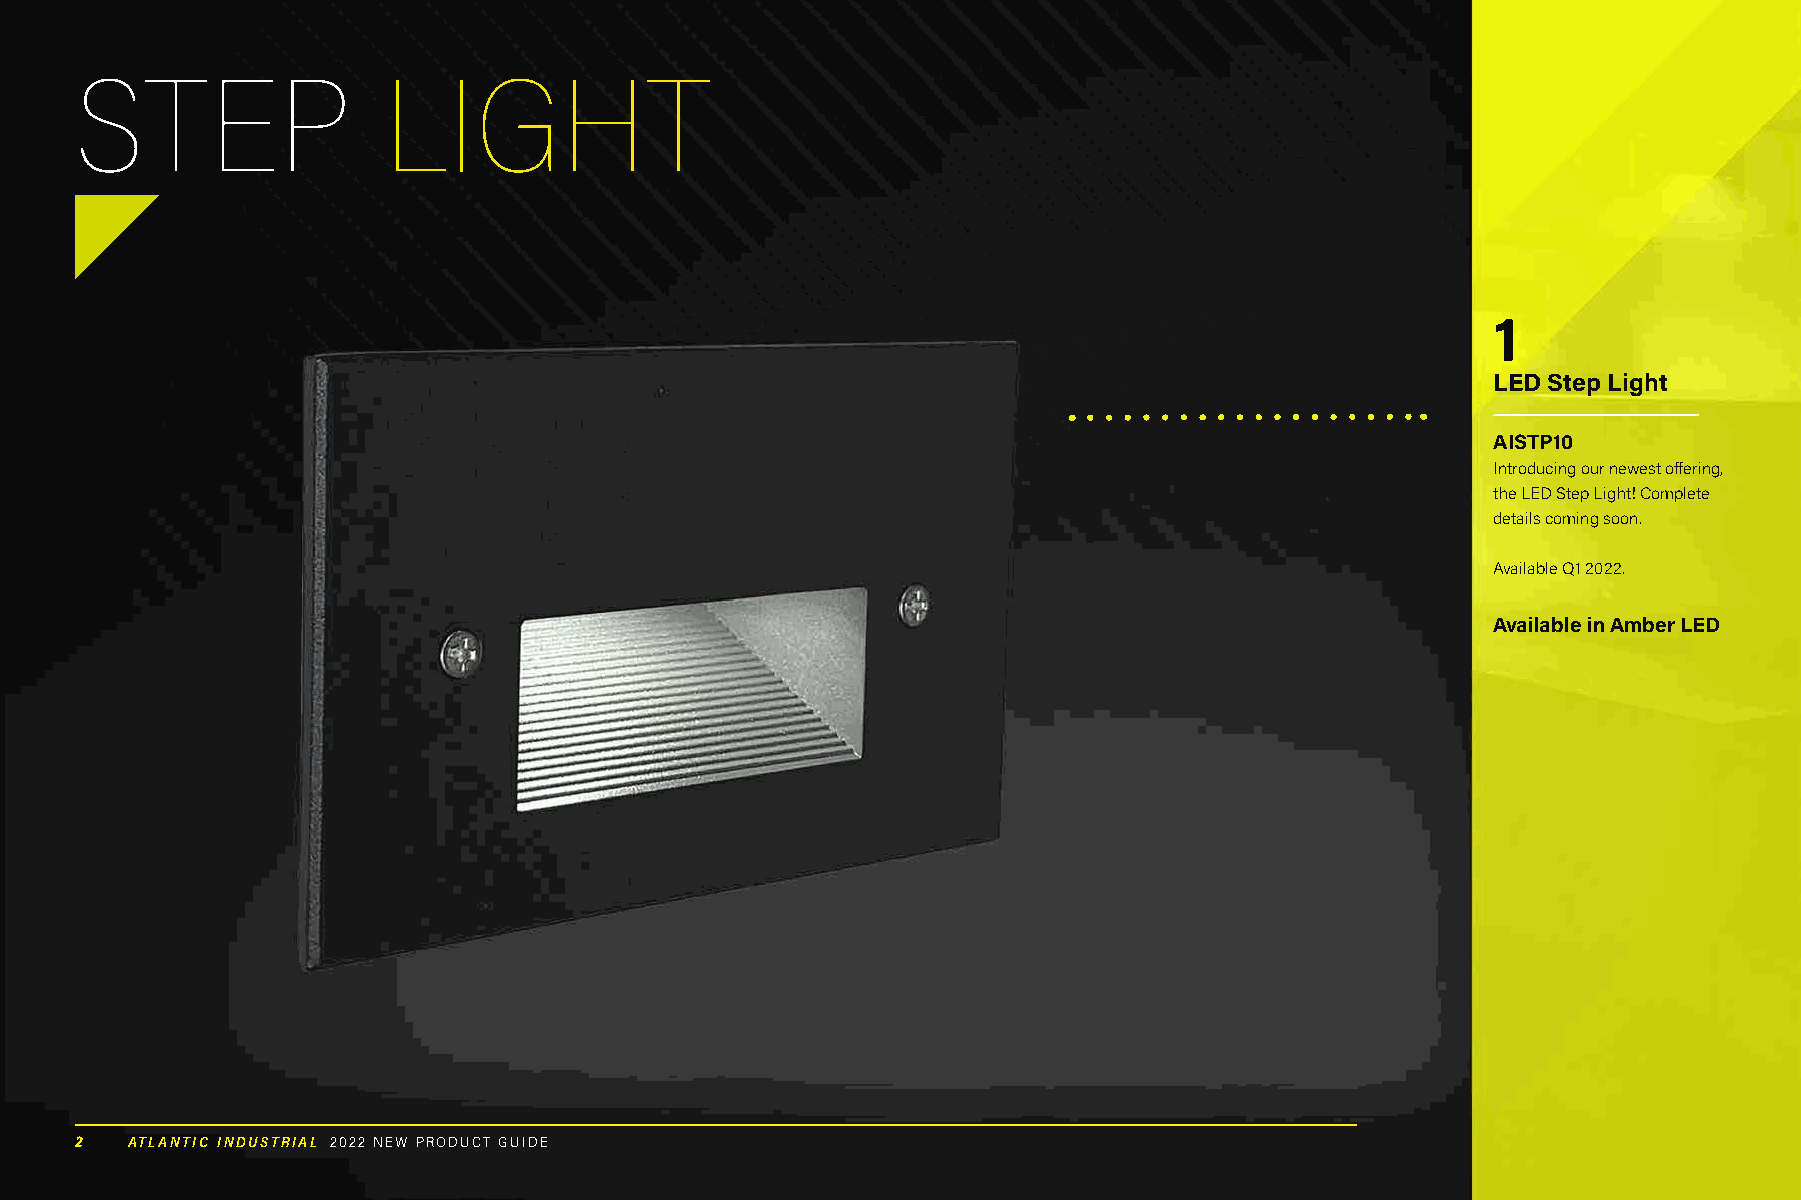
STEP                LIGHT
 1
 LED Step Light
 AISTP10
 Introducing our newest offering,
 the LED Step Light! Complete
 details coming soon.
 Available Q1 2022.
 Available in Amber LED
 2  ATLANTIC INDUSTRIAL 2022 NEW PRODUCT GUIDE